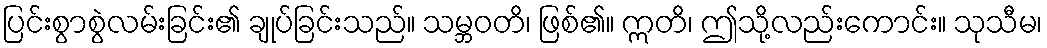
ပြင်းစွာစွဲလမ်းခြင်း၏ ချုပ်ခြင်းသည်။ သမ္ဘဝတိ၊ ဖြစ်၏။ ဣတိ၊ ဤသို့လည်းကောင်း။ သုသီမ၊